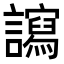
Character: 𧭠